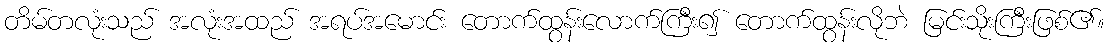
တိမ်တလုံးသည် အလုံးအထည် အရပ်အမောင်း တောက်ထွန်းလောက်ကြီး၍ တောက်ထွန်းလိုဘဲ မြင်းသိုးကြီးဖြစ်၏။